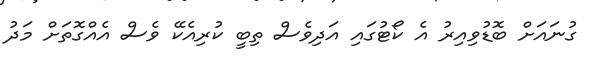
ގުނައަށް ބޮޑުވިއިރު އެ ކޯޓުގައި އަދިވެސް ތިބީ ކުރިއެކޭ ވެސް އެއްގޮތަށް މަދު